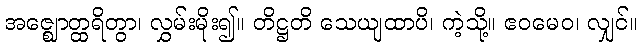
အဇ္ဈောတ္ထရိတွာ၊ လွှမ်းမိုး၍။ တိဋ္ဌတိ သေယျထာပိ၊ ကဲ့သို့။ ဧဝမေဝ၊ လျှင်။